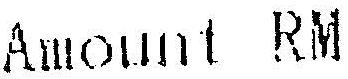
AMOUNT RM